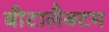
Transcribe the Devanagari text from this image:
बीटालैक्टम